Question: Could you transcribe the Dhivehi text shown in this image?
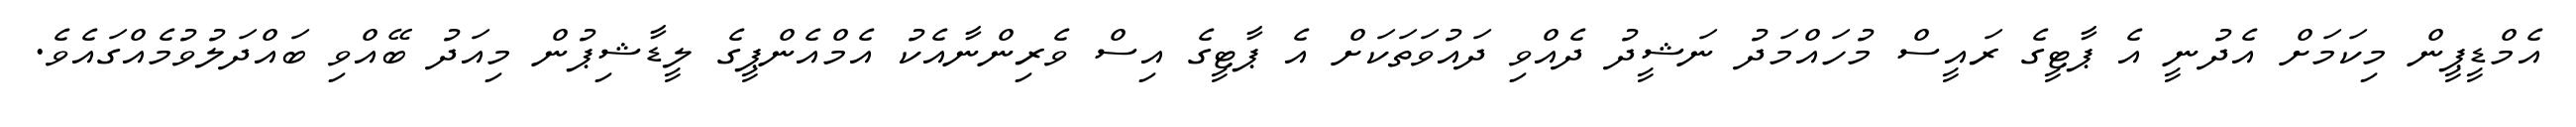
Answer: އެމްޑީޕީން މިކަމަށް އެދުނީ އެ ޕާޓީގެ ރައީސް މުހައްމަދު ނަޝީދު ދެއްވި ދައުވަތަކަށް އެ ޕާޓީގެ އިސް ވެރިންނާއެކު އެމްއެންޕީގެ ލީޑާޝިޕުން މިއަދު ބޭއްވި ބައްދަލުވުމެއްގައެވެ.